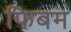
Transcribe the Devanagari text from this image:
फिबम